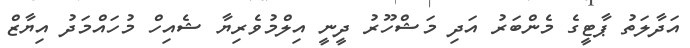
އަދާލަތު ޕާޓީގެ މެންބަރު އަދި މަޝްހޫރު ދީނީ އިލްމުވެރިޔާ ޝެއިހް މުހައްމަދު އިޔާޒް